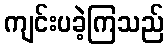
ကျင်းပခဲ့ကြသည်